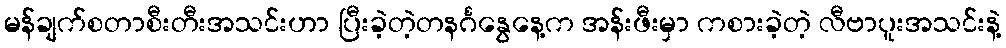
မန်ချက်စတာစီးတီးအသင်းဟာ ပြီးခဲ့တဲ့တနင်္ဂနွေနေ့က အန်းဖီးမှာ ကစားခဲ့တဲ့ လီဗာပူးအသင်းနဲ့